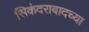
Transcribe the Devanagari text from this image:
सिकंदराबादच्या